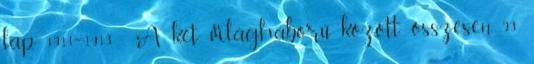
lap 1911–1913 . A két világháború között összesen 93